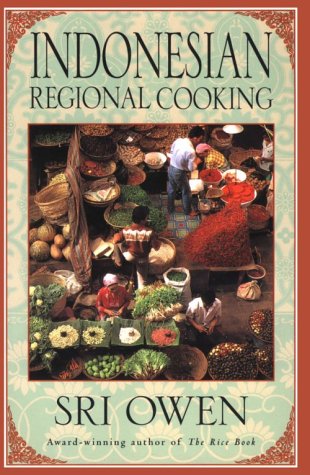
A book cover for Indonesian Regional Cooking; Sri Owen; Cookbooks, Food & Wine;